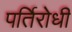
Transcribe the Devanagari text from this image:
पर्तिरोधी